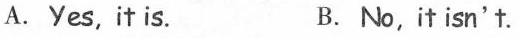
A. Yes, it is. B. No,it isn't.